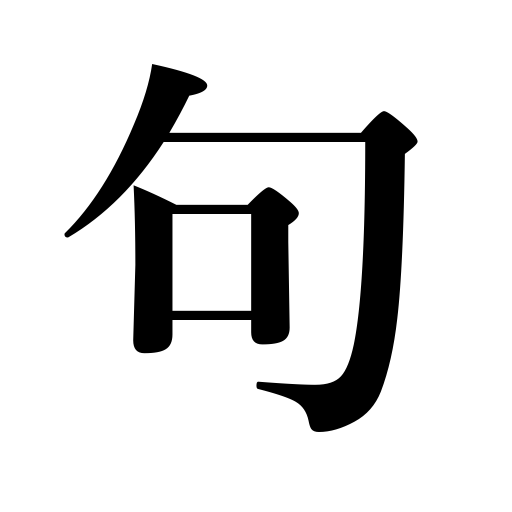
Meanings: 17-syllable poem,sentence,passage,line,verse,phrase,expression,stanza,clause,paragraph